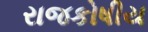
રાજકોષીય